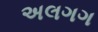
અલગગ